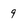
Character: 9